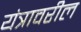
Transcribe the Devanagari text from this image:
यंत्रावरील